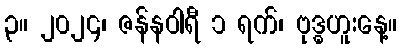
၃။ ၂၀၂၄၊ ဇန်နဝါရီ ၁ ရက်၊ ဗုဒ္ဓဟူးနေ့။